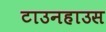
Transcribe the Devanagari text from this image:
टाउनहाउस